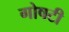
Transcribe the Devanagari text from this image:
गोषटी